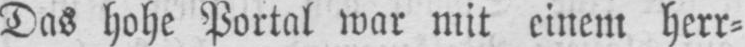
Das hohe Portal war mit einem herr⸗